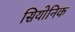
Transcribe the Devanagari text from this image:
सियोनिक